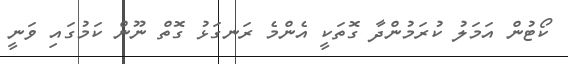
ކޯޓުން އަމަލު ކުރަމުންދާ ގޮތަކީ އެންމެ ރަނގަޅު ގޮތް ނޫން ކަމުގައި ވަނީ